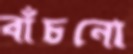
বাঁচনো